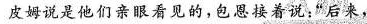
皮姆说是他们亲眼看见的，包恩接着说:"后来，